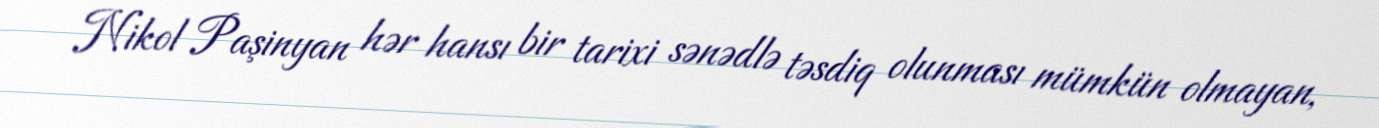
Nikol Paşinyan hər hansı bir tarixi sənədlə təsdiq olunması mümkün olmayan,